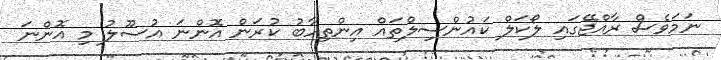
ނަމަވެސް ރާއްޖޭގައި ލޯކަލް ކައުންސިލްތައް އިންތިހާބު ކުރަން އޮންނަ އުސޫލު މި އޮންނަ